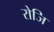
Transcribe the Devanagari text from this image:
रोजि